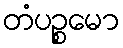
တံပဉ္စမော